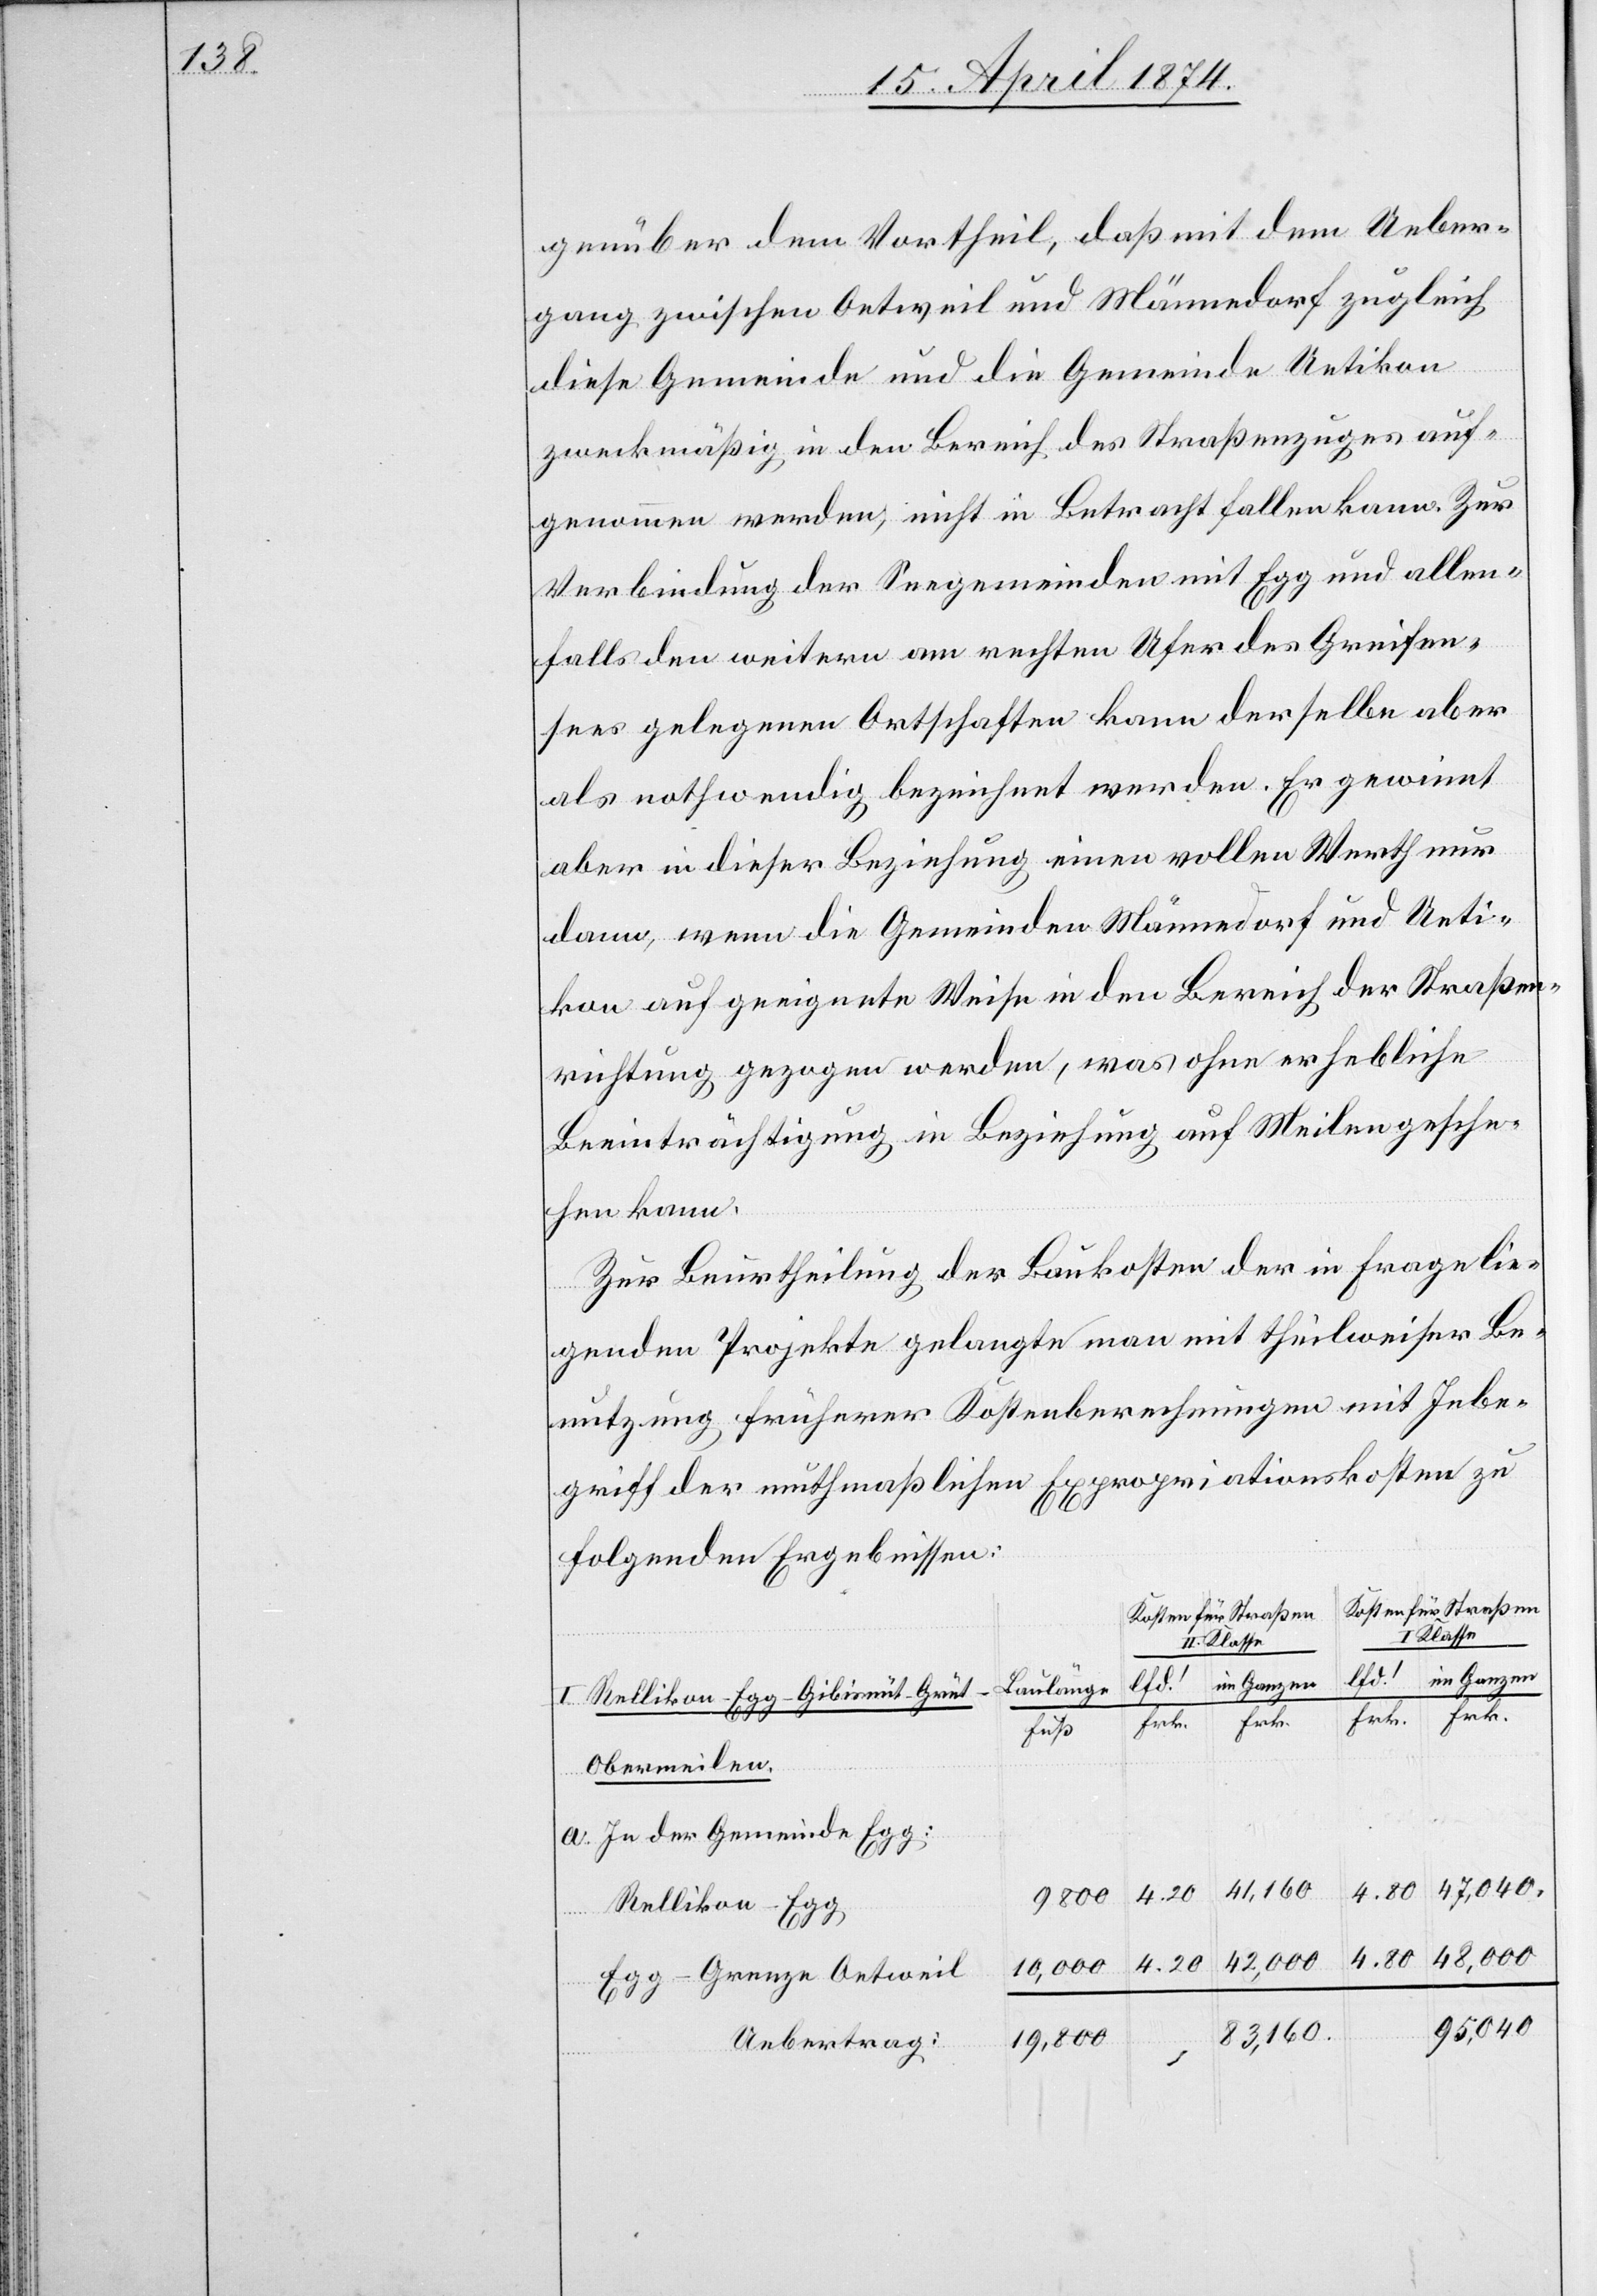
I.

genüber dem Vortheil, daß mit dem Ueber¬
gang zwischen Oetweil und Männedorf zugleich
diese Gemeinde und die Gemeinde Uetikon
zweckmäßig in den Bereich des Straßenzuges auf¬
genommen werden, nicht in Betracht fallen kann. Zur
Verbindung der Seegemeinden mit Egg und allen¬
falls den weitern am rechten Ufer des Greifen¬
sees gelegenen Ortschaften kann derselbe aber
als nothwendig bezeichnet werden. Er gewinnt
aber in dieser Beziehung einen vollen Werth nur
dann, wenn die Gemeinden Männedorf und Ueti¬
kon auf geeignete Weise in den Bereich der Straßen¬
richtung gezogen werden, was ohne erhebliche
Beeinträchtigung in Beziehung auf Meilen gesche¬
hen kann.
Zur Beurtheilung der Baukosten der in Frage lie¬
genden Projekte gelangte man mit theilweiser Be¬
nutzung früherer Kostenberechnungen mit Inbe¬
griff der muthmaßlichen Expropriationskosten zu
folgenden Ergebnissen:
Kosten für Straßen
Kosten für Straßen
I. Klasse
im Ganzen
Baulänge
Rellikon-Egg-Gibisnüt-Grüt-
der
Frk.
Obermeilen
41,160
4.80
9800
Gemeinde
48,000
4.80
10,000
Grenze Oetweil
47,040.